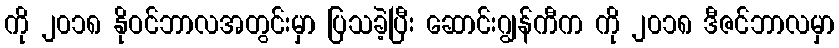
ကို ၂၀၁၈ နိုဝင်ဘာလအတွင်းမှာ ပြသခဲ့ပြီး ဆောင်းဂျွန်ကီက ကို ၂၀၁၈ ဒီဇင်ဘာလမှာ